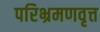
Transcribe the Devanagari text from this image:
परिभ्रमणवृत्त